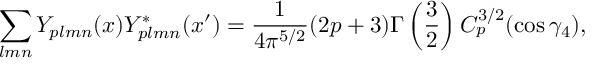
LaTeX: \sum _ { l m n } Y _ { p l m n } ( x ) Y _ { p l m n } ^ { * } ( x ^ { \prime } ) = \frac { 1 } { 4 \pi ^ { 5 / 2 } } ( 2 p + 3 ) \Gamma \left( \frac { 3 } { 2 } \right) C _ { p } ^ { 3 / 2 } ( \cos \gamma _ { 4 } ) ,